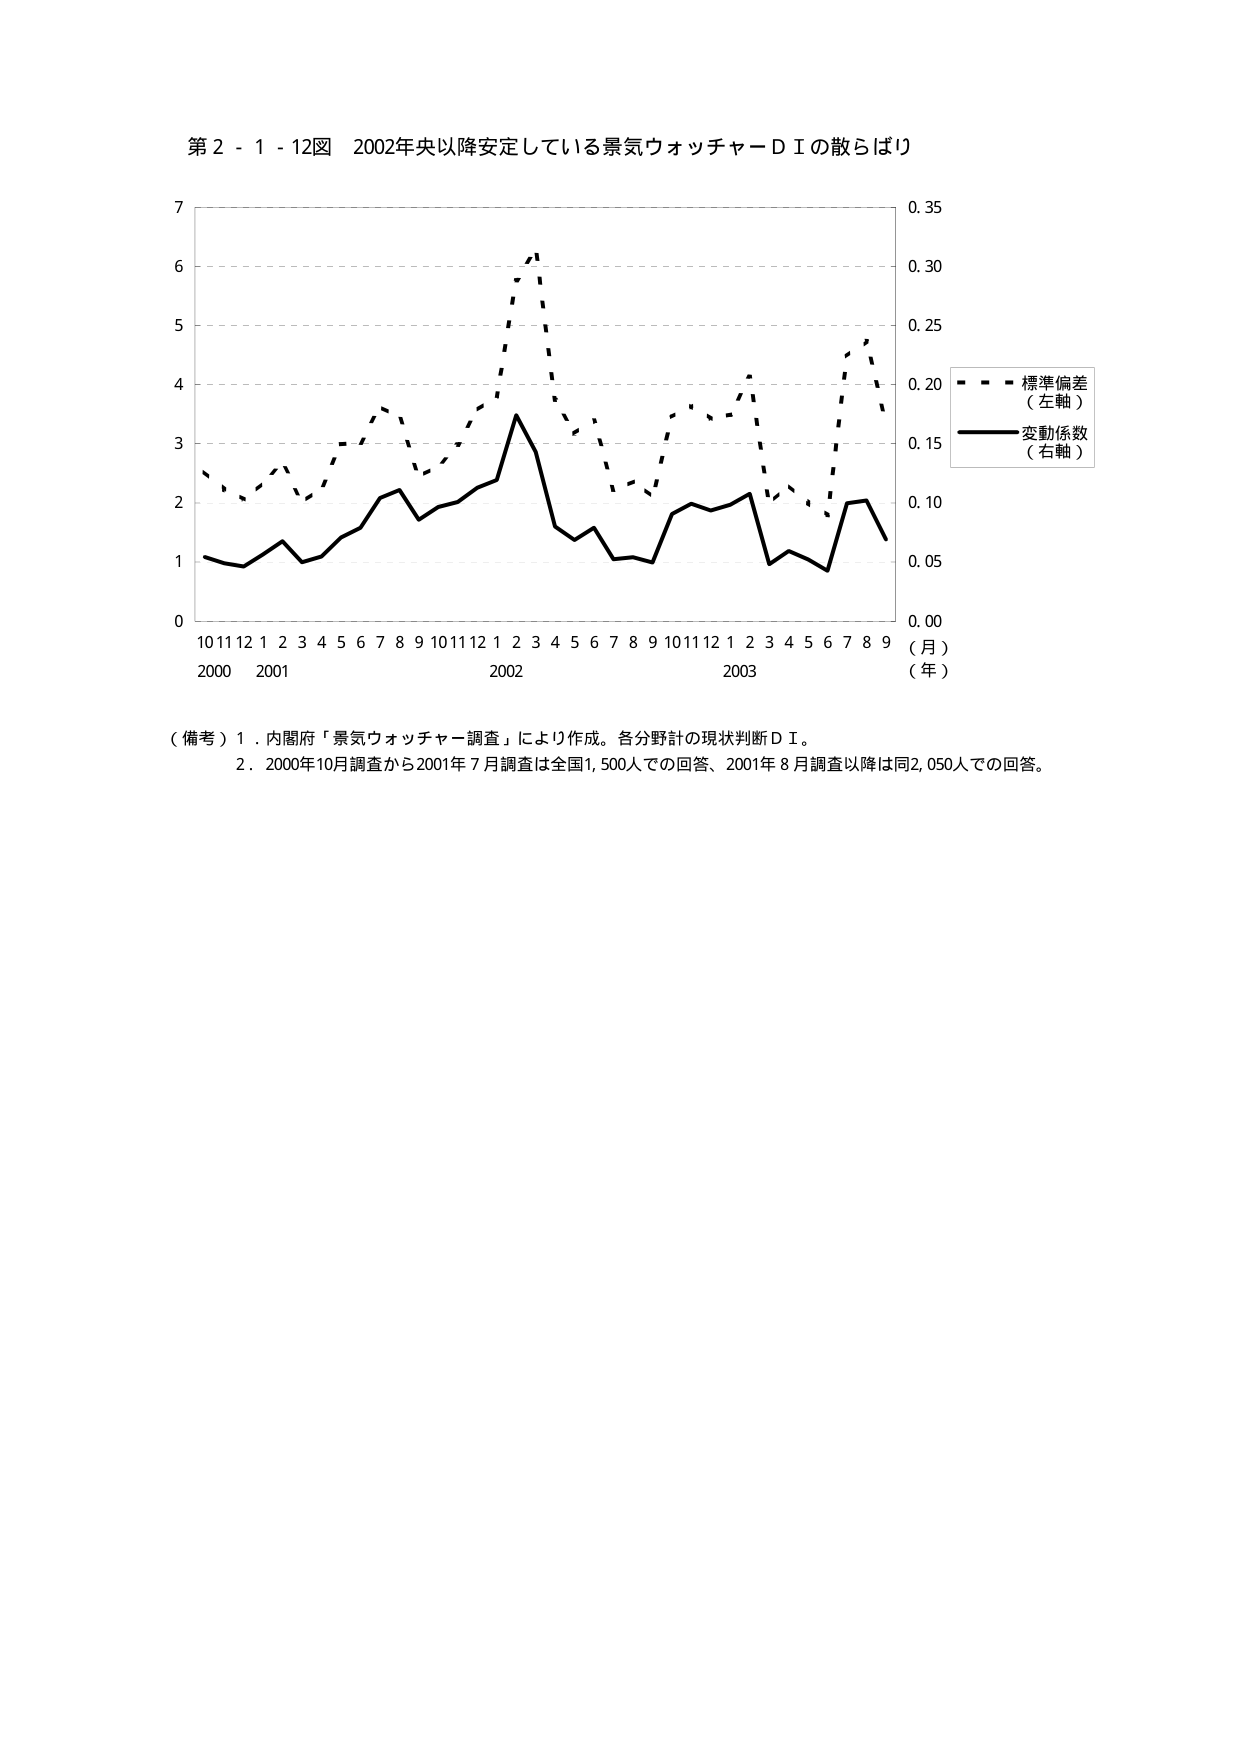
第２－１－１２図　２００２年央以降安定している景気ウォッチャーＤＩの散らばり

７
６
５
４
３
２
１
０

１０ １１ １２ １ ２ ３ ４ ５ ６ ７ ８ ９ １０ １１ １２ １ ２ ３ ４ ５ ６ ７ ８ ９ １０ １１ １２ １ ２ ３ ４ ５ ６ ７ ８ ９
２０００　２００１　　　　　　　　　　２００２　　　　　　　　　　２００３
（月）
（年）

０．３５
０．３０
０．２５
０．２０
０．１５
０．１０
０．０５
０．００

－－－ 標準偏差
（左軸）
―――― 変動係数
（右軸）

（備考）１．内閣府「景気ウォッチャー調査」により作成。各分野計の現状判断ＤＩ。
　　　　２．２０００年１０月調査から２００１年７月調査は全国１，５００人での回答、２００１年８月調査以降は同２，０５０人での回答。